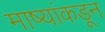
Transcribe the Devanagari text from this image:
माष्यांकडून